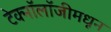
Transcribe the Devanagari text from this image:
टेक्‍नॉलॉजीमधून